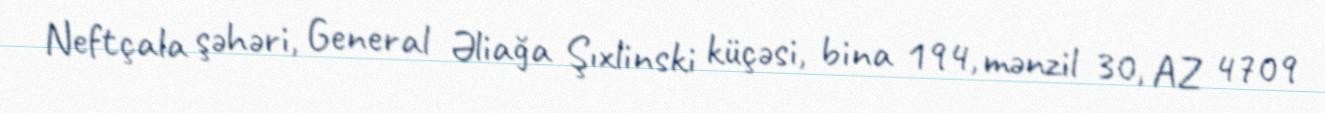
Neftçala şəhəri, General Əliağa Şıxlinski küçəsi, bina 194, mənzil 30, AZ 4709